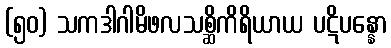
(၅၀) သကဒါဂါမိဖလသစ္ဆိကိရိယာယ ပဋိပန္နော